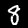
Digit: 8